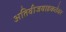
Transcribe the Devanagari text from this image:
अतिवीजवाहकतेवर